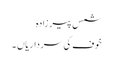
شمس پیر زادہ
خوف کی سرداریاں ۔